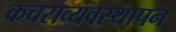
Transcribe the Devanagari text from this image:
कचराव्यवस्थापन